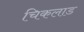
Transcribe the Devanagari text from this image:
चिकलाड